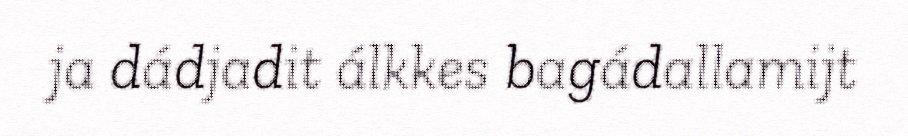
ja dádjadit álkkes bagádallamijt